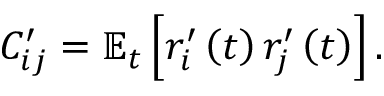
C _ { i j } ^ { \prime } = \mathbb { E } _ { t } \left[ r _ { i } ^ { \prime } \left( t \right) r _ { j } ^ { \prime } \left( t \right) \right] .